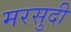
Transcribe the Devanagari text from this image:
मरसुदी